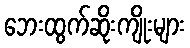
ဘေးထွက်ဆိုးကျိုးများ